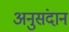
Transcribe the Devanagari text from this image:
अनुसंदान